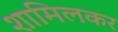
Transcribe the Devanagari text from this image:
शामिलकर